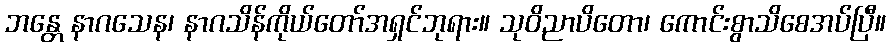
ဘန္တေ နာဂသေန၊ နာဂသိန်ကိုယ်တော်အရှင်ဘုရား။ သုဝိညာပိတော၊ ကောင်းစွာသိစေအပ်ပြီ။